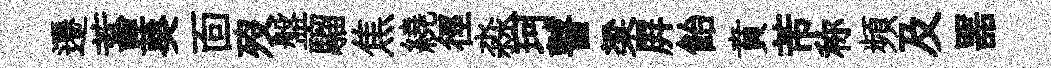
遷蓄葵靣歿盤騮焦繞徑淼珂瞽梁屛飴賁芾称頻及噐